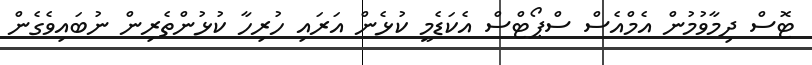
ޓޮސް ދިމާވުމުން އެމްއެސް ސްޕޯޓްސް އެކަޑެމީ ކުޅެން އަރައި ހުރިހާ ކުޅުންތެރިން ނުބައިވެގެން